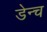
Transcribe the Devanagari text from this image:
डेन्च